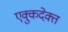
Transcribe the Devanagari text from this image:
एक्कुदेक्त